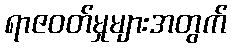
ရာဇဝတ်မှုများအတွက်